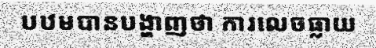
បឋមបានបង្ហាញថា ការលេចធ្លាយ